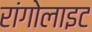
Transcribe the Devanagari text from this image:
रांगोलाइट